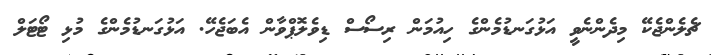
ޗެލެންޖެކޭ މިދެންނެވީ އަޅުގަނޑުމެންގެ ހިއުމަން ރިސޯސް ޑިވެލޮޕްވާން އެބަޖެހޭ. އަޅުގަނޑުމެންގެ މުޅި ޓޯޓަލް